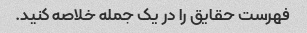
فهرست حقایق را در یک جمله خلاصه کنید.